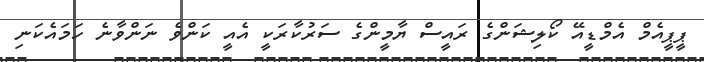
ޕީޕީއެމް އެމްޑީއޭ ކޯލިޝަންގެ ރައީސް ޔާމީންގެ ސަރުކާރަކީ އެއީ ކަންވެ ނަންވާނެ ހަމައެކަނި